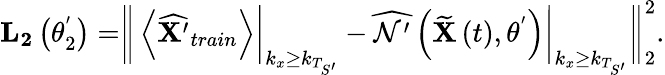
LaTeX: \begin{array}{r}{\mathbf{L_{2}}\left(\theta_{2}^{'}\right)=\biggr\| \left<\widehat{\mathbf{X^{\prime}}}_{train}\right>\biggr\rvert_{k_{x}\geq k_{T_{S^{\prime}}}}-\widehat{\mathcal{N^{\prime}}}\left(\mathbf{\widetilde{X}}\left(t\right),\theta^{'}\right)\bigg\rvert_{k_{x}\geq k_{T_{S^{\prime}}}}\biggr\| _{2}^{2}.}\end{array}